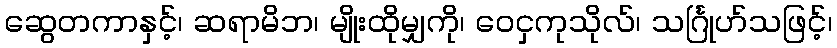
ဆွေတကာနှင့်၊ ဆရာမိဘ၊ မျိုးထိုမျှကို၊ ဝေငှကုသိုလ်၊ သင်္ဂြုဟ်သဖြင့်၊